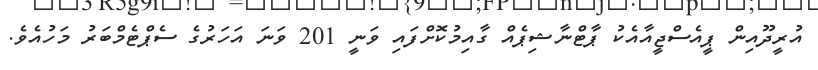
އުރީދޫއިން ޕީއެސްޖީއާއެކު ޕާޓްނާޝިޕެއް ގާއިމުކޮށްފައި ވަނީ 201 ވަނަ އަހަރުގެ ސެޕްޓެމްބަރު މަހުއެވެ.